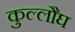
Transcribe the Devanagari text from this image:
कुल्लौघ